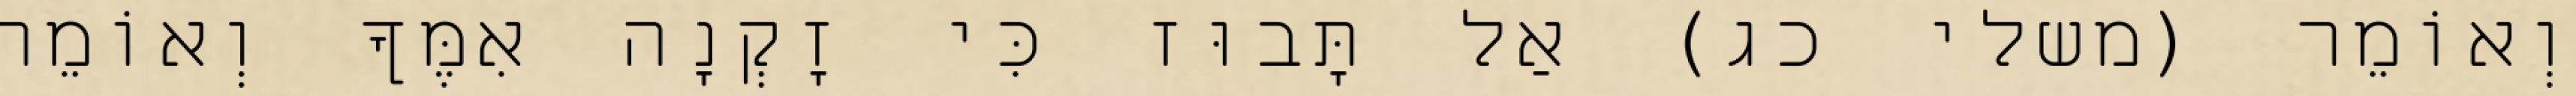
וְאוֹמֵר (משלי כג) אַל תָּבוּז כִּי זָקְנָה אִמֶּךָ וְאוֹמֵר